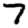
Digit: 7